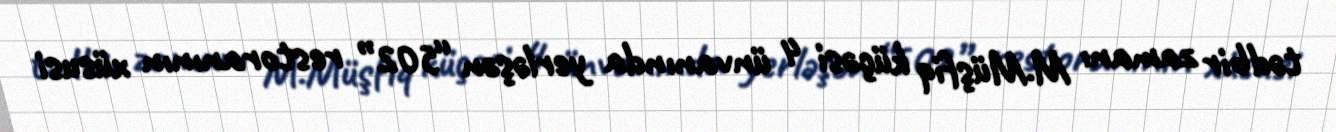
tədbir zamanı M.Müşfiq küçəsi 4 ünvanında yerləşən “502” restoranının xüsusi